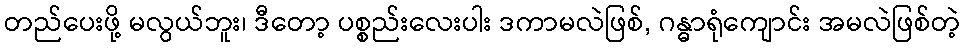
တည်ပေးဖို့ မလွယ်ဘူး၊ ဒီတော့ ပစ္စည်းလေးပါး ဒကာမလဲဖြစ်, ဂန္ဓာရုံကျောင်း အမလဲဖြစ်တဲ့